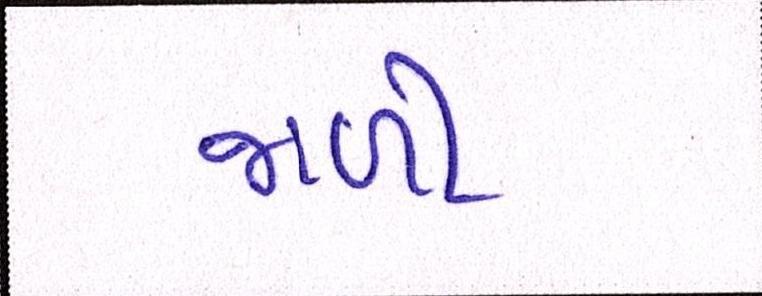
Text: જાળી